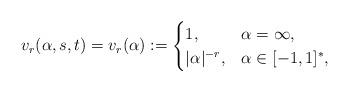
LaTeX: \begin{align*}v_{r}(\alpha,s,t) = v_{r}(\alpha) := \begin{cases}1, &\alpha = \infty,\\|\alpha|^{-r}, &\alpha\in [-1,1]^\ast,\end{cases}\end{align*}